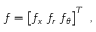
\boldsymbol { f } = \left[ f _ { x } ~ f _ { r } ~ f _ { \theta } \right] ^ { T } \mathrm { ~ , ~ }